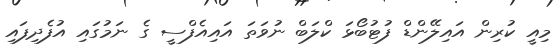
މިއީ ކުރިން އައިލޭންޑް ފުޓުބޯޅަ ކްލަބް ނުވަތަ އައިއެފްސީ ގެ ނަމުގައި އުފެދިފައި